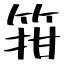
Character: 箝